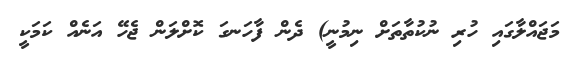
މަޖައްލާގައި ހުރި ނުކުތާތަށް ނިމުނީ) ދެން ފާހަނގަ ކޮށްލަން ޖެހޭ އަނެއް ކަމަކީ